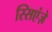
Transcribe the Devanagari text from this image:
स्सिएंज़े